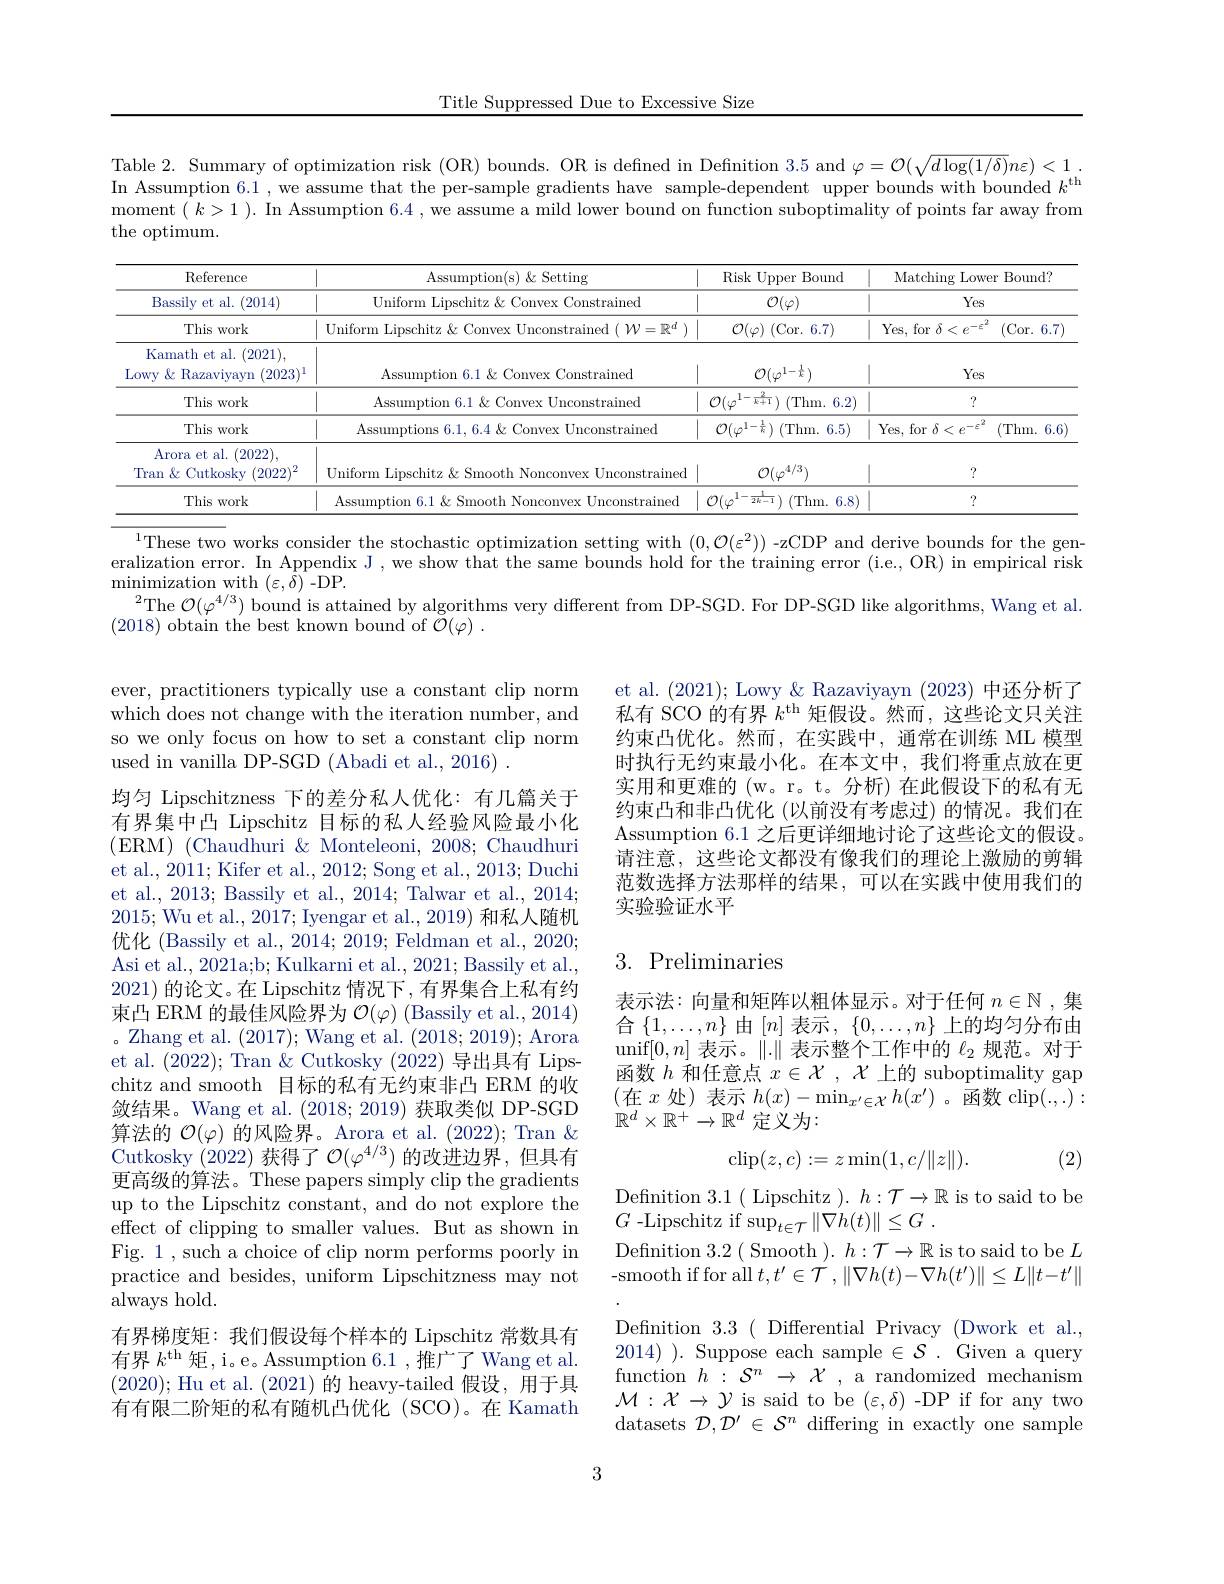
Title Suppressed Due to Excessive Size

Table 2. Summary of optimization risk (OR) bounds. OR is defined in Defnition 3.5 and $\varphi=\mathcal{O}(\sqrt{d\log(1/\delta)}n\varepsilon)<1.$ In Assumption 6.1 , we assume that the per-sample gradients have sample-dependent upper bounds with bounded $k^\mathrm{th}$ moment $(k>1).$ In Assumption 6.4 , we assume a mild lower bound on function suboptimality of points far away from the optimum.

<table>
	<tbody>
		<tr>
			<th>Reference</th>
			<th>Assumption( s) $\&$ Setting</th>
			<th>Risk Upper Bound</th>
			<th>Matching ${\mathrm{s~Lowe}}$ 1</th>
			<th>Bound? ver</th>
		</tr>
		<tr>
			<td>Bassily et al. ( 2014) </td>
			<td>Uniform Lipschitz & Convex Constrained</td>
			<td>$\mathcal{O}(\varphi)$</td>
			<td>Yes</td>
			<td>S</td>
		</tr>
		<tr>
			<td>This work</td>
			<td>Uniform Lipschitz & Convex Unconstrained $(\mathcal{W}=\mathbb{R}^d$ )</td>
			<td>$\mathcal{O}(\varphi)\pmod{6.7}$</td>
			<td>Yes, for $\delta <$ $-F^{ab}$</td>
			<td>$f$ (Cor. 6.7) $=\frac{1}{2}$</td>
		</tr>
		<tr>
			<td>Kamath et al. 1. (2021), Lowy $\&$ Razaviyayn $(2023)^{1}$</td>
			<td>Assumption 6.1&Convex Constrained</td>
			<td>$\mathcal{O}(\varphi^{1-\frac{1}{k}})$</td>
			<td>Yes</td>
			<td>S</td>
		</tr>
		<tr>
			<td>This work</td>
			<td>Assumption 6.1&Convex Unconstrained</td>
			<td>$\cdot\frac{k}{k+1}$ $\mathcal{O}(\varphi$ (Thm. 6.2</td>
			<td>?</td>
			<td> </td>
		</tr>
		<tr>
			<td>This work</td>
			<td>Assumptions $6.1,6.4\&$ Convex Unconstrained</td>
			<td>$\mathcal{O}(\varphi^{1-\frac{1}{k}})$ $)~($Thm.6.5)</td>
			<td>Yes. for $\delta < e^{- \varepsilon ^{2}}$</td>
			<td>2 (Thm. 6.6</td>
		</tr>
		<tr>
			<td>Arora et al. 1. (2022), Tran & Cutkosky $(2022)^{2}$</td>
			<td>Uniform Lipschitz & Smooth Nonconvex Unconstrained</td>
			<td>$\mathcal{O}(\varphi^{4/3})$</td>
			<td>?</td>
			<td> </td>
		</tr>
		<tr>
			<td>This work</td>
			<td>SSIIm nconstrauned</td>
			<td>$\mathcal{O}(\varphi$ (Thm. 6.8 $\overline{2k-1}$ 1</td>
			<td>?</td>
			<td> </td>
		</tr>
	</tbody>
</table>

$^{1}$These two works consider the stochastic optimization setting with $(0,\mathcal{O}(\varepsilon^2))$ -zCDP and derive bounds for the generalization error. In Appendix J , we show that the same bounds hold for the training error (i.e, OR) in empirical risk $\operatorname*{minimization}_{2}$with$\left(\varepsilon,\bar{\delta}\right)$-DP.
$^2$The $\mathcal{O}(\varphi^{4/3})$ bound is attained by algorithms very different from DP-SGD. For DP-SGD like algorithms, Wang et al.
(2018) obtain the best known bound of $\tilde{\mathcal{O} } ( \varphi )$ .

ever, practitioners typically use a constant clip norm which does not change with the iteration number, and so we only focus on how to set a constant clip norm used in vanilla DP-SGD (Abadi et al., 2016) .

et al. (2021); Lowy &Razaviyayn (2023)中还分析了私有 SCO 的有界$k^\mathrm{th}$矩假设。然而，这些论文只关注约束凸优化。然而，在实践中，通常在训练 ML 模型时执行无约束最小化。在本文中，我们将重点放在更实用和更难的 (w。r。t。分析)在此假设下的私有无约束凸和非凸优化(以前没有考虑过)的情况。我们在Assumption 6.1 之后更详细地讨论了这些论文的假设。请注意，这些论文都没有像我们的理论上激励的剪辑范数选择方法那样的结果，可以在实践中使用我们的实验验证水平

## 3. Preliminaries

均匀 Lipschitzness 下的差分私人优化：有几篇关于有界集中凸 Lipschitz 目标的私人经验风险最小化(ERM) (Chaudhuri & Monteleoni, 2008; Chaudhuri et al., 2011; Kifer et al., 2012; Song et al., 2013; Duchi et al., 2013; Bassily et al., 2014; Talwar et al., 2014; 2015; Wu et al., 2017; Iyengar et al., 2019) 和私人随机优化 (Bassily et al., 2014; 2019; Feldman et al., 2020; Asi et al., 2021a;b; Kulkarni et al., 2021; Bassily et al., 2021) 的论文。在 Lipschitz 情况下 ,有界集合上私有约束凸 ERM 的最佳风险界为$\mathcal{O}(\varphi)$ (Bassily et al., 2014) 。Zhang et al. (2017); Wang et al. (2018;2019); Arora et al. (2022); Tran $\&$ Cutkosky (2022)导出具有 Lipschitz and smooth 目标的私有无约束非凸 ERM 的收敛结果。Wang et al.(2018;2019) 获取类似 DP-SGD 算法的$\mathcal{O}(\varphi)$的风险界。Arora et al. (2022); Tran $\&$ Cutkosky (2022)获得了$\mathcal{O}(\varphi^4/3)$的改进边界，但具有更高级的算法。These papers simply clip the gradients up to the Lipschitz constant, and do not explore the effect of clipping to smaller values. But as shown in Fig. 1 , such a choice of clip norm performs poorly in practice and besides, uniform Lipschitzness may not always hold.
有界梯度矩：我们假设每个样本的 Lipschitz 常数具有有界 $k^\mathrm{th}$ 矩，i。e。Assumption 6.1,推广了Wang et al. (2020);Hu et al.(2021)的 heavy-tailed 假设，用于具有有限二阶矩的私有随机凸优化 (SCO)。在 Kamath

表示法：向量和矩阵以粗体显示。对于任何$n\in\mathbb{N}$ ,集合$\{1,\ldots,n\}$由$[n]$表示$,\{0,\ldots,n\}$上的均匀分布由$\operatorname*{unif}[0,n]$表示。$\|.\|$表示整个工作中的$\ell_2$规范。对于函数$h$和任意点$x\in\mathcal{X},\mathcal{X}$上的 suboptimality gap (在$x$处)表示$h(x)-\operatorname*{min}_x^{\prime}\in\mathcal{X}h(x^{\prime})$。函数$\operatorname{clip}(.,.):$ $\mathbb{R}^d\times\mathbb{R}^+\to\mathbb{R}^d$定义为：
$$\operatorname{clip}(z,c):=z\min(1,c/\|z\|).$$
(2)

Defnition 3.1( Lipschitz $).h:\mathcal{T}\to\mathbb{R}$ is to said to be
$G$ -Lipschitz if sup$_t\in \mathcal{T} \| \nabla h( t) \| \leq G$ .
Defnition 3.2( Smooth $).h:\mathcal{T}\to\mathbb{R}$ is to said to be $L$ -smooth if for all $t,t^\prime\in\mathcal{T},\|\nabla h(t)-\nabla h(t^{\prime})\|\leq L\|t-t^{\prime}\|$ Defnition 3.3 ( Differential Privacy (Dwork et al., 2014) ). Suppose each sample $\in\mathcal{S}.$ Given a query function $h:\mathcal{S}^n\to\mathcal{X}$, a randomized mechanism $\mathcal{M}:\mathcal{X}\to\mathcal{Y}$ is said to be $(\varepsilon,\delta)$ -DP if for any two datasets $\mathcal{D},\mathcal{D}^\prime\in\mathcal{S}^n$ differing in exactly one sample

3